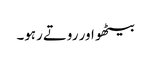
بیٹھو اور روتے رہو۔